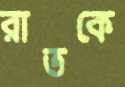
রাতকে